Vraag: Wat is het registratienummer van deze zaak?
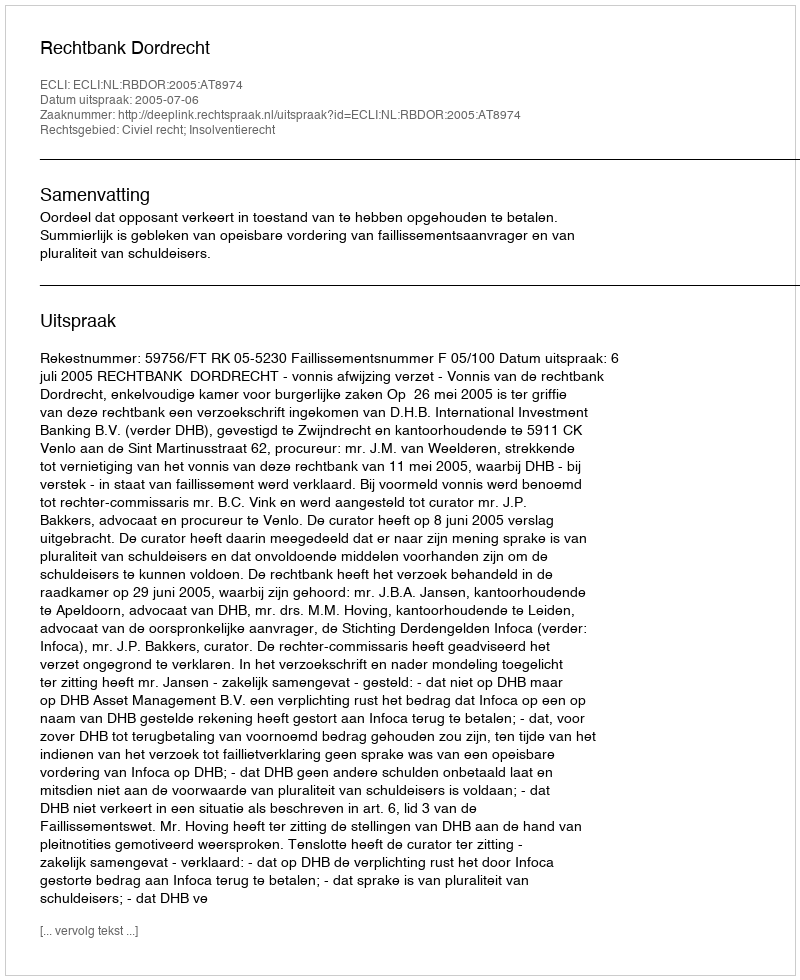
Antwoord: http://deeplink.rechtspraak.nl/uitspraak?id=ECLI:NL:RBDOR:2005:AT8974